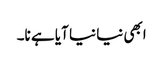
ابھی نیا نیا آیا ہے نا۔